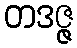
တဒဇ္ဇ